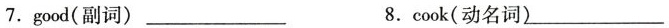
7.good(副词) ___ 8.cook(动名词) ___